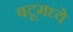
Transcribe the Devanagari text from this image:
बटूमध्ये